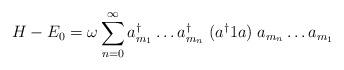
LaTeX: \begin{align*}H - E_{0} = \omega \sum_{n=0}^{\infty} a^{\dagger}_{m_{1}} \ldots a^{\dagger}_{m_{n}} \; (a^{\dagger} 1 a) \; a_{m_{n}} \ldots a_{m_{1}}\end{align*}